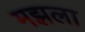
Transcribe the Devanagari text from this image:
मझला